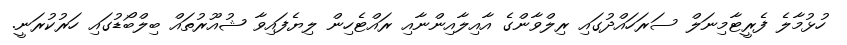
ހުޅުމާލެ ފެރީޓާމިނަލް ސަރަހައްދުގައި ރިލްވާންގެ އާއިލާއިންނާއި ރައްޓެހިން ލިޔެފައިވާ ޝުއޫރުތައް ބިލްބޯޑުގައި ހަރުކުރަނީ.